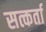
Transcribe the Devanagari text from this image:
सत्कर्ता